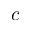
c